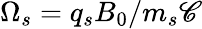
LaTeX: \Omega_{s}=q_{s}B_{0}/m_{s}\mathscr{C}